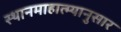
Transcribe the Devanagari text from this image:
स्थानमाहात्म्यानुसार